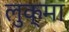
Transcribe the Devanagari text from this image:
लुक्मा